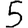
Digit: 5